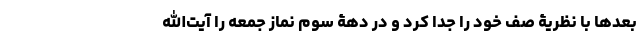
بعدها با نظریۀ صف خود را جدا کرد و در دهۀ سوم نماز جمعه را آیت‌الله